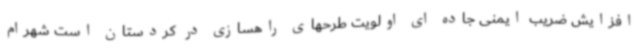
افزایش ضریب ایمنی جاده ای اولویت طرحهای راهسازی در کردستان است شهرام